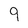
Character: 9